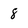
Character: 8